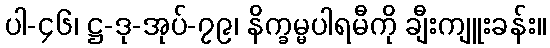
ပါ-၄၆၊ ဋ္ဌ-ဒု-အုပ်-၇၉၊ နိက္ခမ္မပါရမီကို ချီးကျူးခန်း။